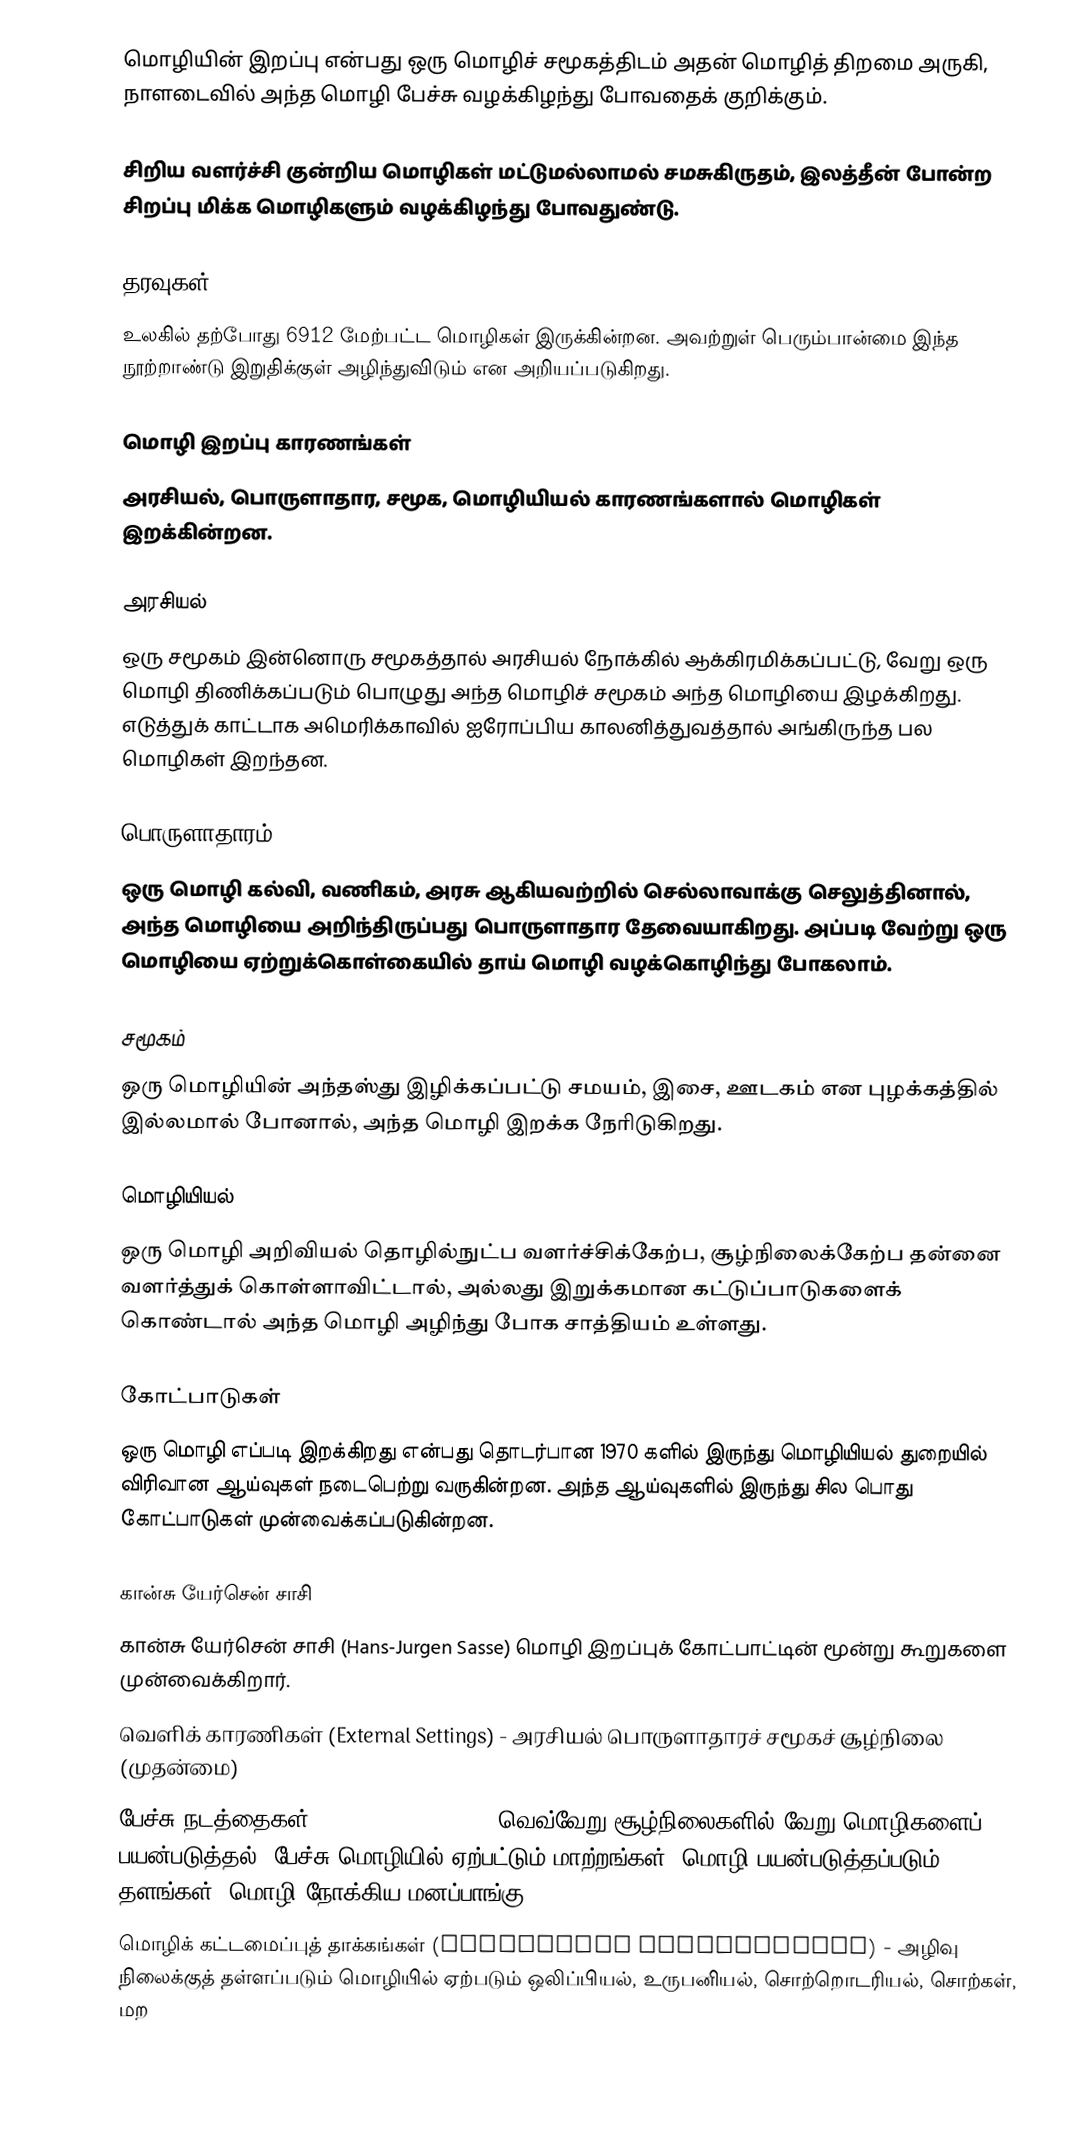
மொழியின் இறப்பு என்பது ஒரு மொழிச் சமூகத்திடம் அதன் மொழித் திறமை அருகி, நாளடைவில் அந்த மொழி பேச்சு வழக்கிழந்து போவதைக் குறிக்கும்.

சிறிய வளர்ச்சி குன்றிய மொழிகள் மட்டுமல்லாமல் சமசுகிருதம், இலத்தீன் போன்ற சிறப்பு மிக்க மொழிகளும் வழக்கிழந்து போவதுண்டு.

தரவுகள்
உலகில் தற்போது 6912 மேற்பட்ட மொழிகள் இருக்கின்றன. அவற்றுள் பெரும்பான்மை இந்த நூற்றாண்டு இறுதிக்குள் அழிந்துவிடும் என அறியப்படுகிறது.

மொழி இறப்பு காரணங்கள்
அரசியல், பொருளாதார, சமூக, மொழியியல் காரணங்களால் மொழிகள் இறக்கின்றன.

அரசியல்
ஒரு சமூகம் இன்னொரு சமூகத்தால் அரசியல் நோக்கில் ஆக்கிரமிக்கப்பட்டு, வேறு ஒரு மொழி திணிக்கப்படும் பொழுது அந்த மொழிச் சமூகம் அந்த மொழியை இழக்கிறது. எடுத்துக் காட்டாக அமெரிக்காவில் ஐரோப்பிய காலனித்துவத்தால் அங்கிருந்த பல மொழிகள் இறந்தன.

பொருளாதாரம்
ஒரு மொழி கல்வி, வணிகம், அரசு ஆகியவற்றில் செல்லாவாக்கு செலுத்தினால், அந்த மொழியை அறிந்திருப்பது பொருளாதார தேவையாகிறது. அப்படி வேற்று ஒரு மொழியை ஏற்றுக்கொள்கையில் தாய் மொழி வழக்கொழிந்து போகலாம்.

சமூகம்
ஒரு மொழியின் அந்தஸ்து இழிக்கப்பட்டு சமயம், இசை, ஊடகம் என புழக்கத்தில் இல்லமால் போனால், அந்த மொழி இறக்க நேரிடுகிறது.

மொழியியல்
ஒரு மொழி அறிவியல் தொழில்நுட்ப வளர்ச்சிக்கேற்ப, சூழ்நிலைக்கேற்ப தன்னை வளர்த்துக் கொள்ளாவிட்டால், அல்லது இறுக்கமான கட்டுப்பாடுகளைக் கொண்டால் அந்த மொழி அழிந்து போக சாத்தியம் உள்ளது.

கோட்பாடுகள்
ஒரு மொழி எப்படி இறக்கிறது என்பது தொடர்பான 1970 களில் இருந்து மொழியியல் துறையில் விரிவான ஆய்வுகள் நடைபெற்று வருகின்றன. அந்த ஆய்வுகளில் இருந்து சில பொது கோட்பாடுகள் முன்வைக்கப்படுகின்றன.

கான்சு யேர்சென் சாசி
கான்சு யேர்சென் சாசி (Hans-Jurgen Sasse) மொழி இறப்புக் கோட்பாட்டின் மூன்று கூறுகளை முன்வைக்கிறார்.
 வெளிக் காரணிகள் (External Settings) - அரசியல் பொருளாதாரச் சமூகச் சூழ்நிலை (முதன்மை)
 பேச்சு நடத்தைகள் (Speech Behaviour) - வெவ்வேறு சூழ்நிலைகளில் வேறு மொழிகளைப் பயன்படுத்தல், பேச்சு மொழியில் ஏற்பட்டும் மாற்றங்கள், மொழி பயன்படுத்தப்படும் தளங்கள், மொழி நோக்கிய மனப்பாங்கு
 மொழிக் கட்டமைப்புத் தாக்கங்கள் (Structural Consequences) - அழிவு நிலைக்குத் தள்ளப்படும் மொழியில் ஏற்படும் ஒலிப்பியல், உருபனியல், சொற்றொடரியல், சொற்கள், மற